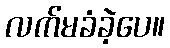
လက်မခံခဲ့ပေ။